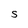
Character: S